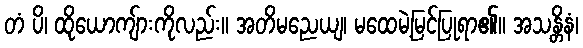
တံ ပိ၊ ထိုယောကျ်ားကိုလည်း။ အတိမညေယျ၊ မထေမဲ့မြင်ပြုရာ၏။ အသန္တိနံ၊